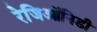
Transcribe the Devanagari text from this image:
रेजिऑनिडी